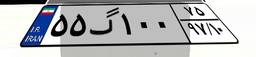
۵۵گ۱۰۰۷۵